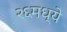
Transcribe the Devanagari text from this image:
२६मध्ये